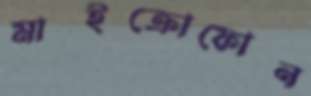
মাইক্রোফোন